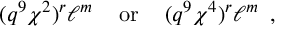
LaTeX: ( q ^ { 9 } \chi ^ { 2 } ) ^ { r } \ell ^ { m } \, \, \, \, \, \mathrm { ~ o r ~ } \, \, \, \, \, ( q ^ { 9 } \chi ^ { 4 } ) ^ { r } \ell ^ { m } \, \, \, ,